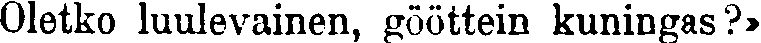
Oletko luulevainen, gööttein kuningas?»